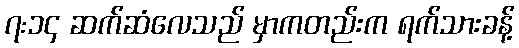
၇:၁၄ ဆက်ဆံလေသည် မှာကတည်းက ရက်သားခန့်